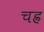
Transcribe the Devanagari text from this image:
चह्र